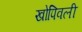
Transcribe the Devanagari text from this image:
खोपिवली